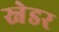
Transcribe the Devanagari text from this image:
स्नेडर